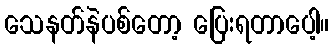
သေနတ်နဲပစ်တော့ ပြေးရတာပေါ့။